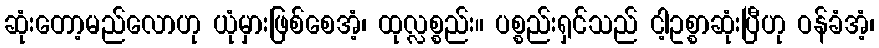
ဆုံးတော့မည်လောဟု ယုံမှားဖြစ်စေအံ့၊ ထုလ္လစ္စည်း။ ပစ္စည်းရှင်သည် ငါ့ဥစ္စာဆုံးပြီဟု ဝန်ခံအံ့၊